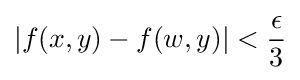
\left|f(x,y)-f(w,y)\right|<{\frac {\epsilon }{3}}